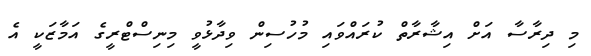
މި ދިރާސާ އަށް އިޝާރާތް ކުރައްވައި މުހުސިން ވިދާޅުވީ މިނިސްޓްރީގެ އަމާޒަކީ އެ